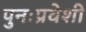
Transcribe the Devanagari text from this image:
पुनःप्रवेशी